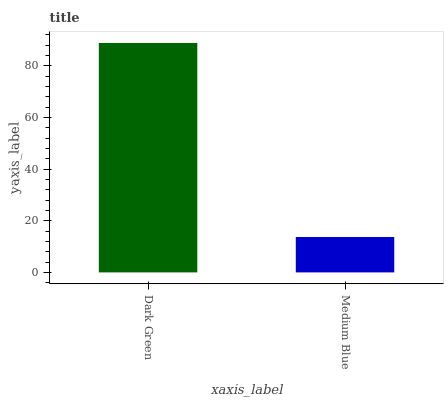
| xaxis_label | bars |
 | --- | --- |
 | Dark Green | 88.8 |
 | Medium Blue | 13.7 |